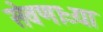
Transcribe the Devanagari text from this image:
सेवणाऱ्या